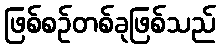
ဖြစ်စဉ်တစ်ခုဖြစ်သည်